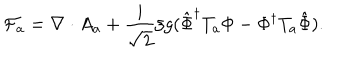
{ \cal F } _ { a } = \nabla \cdot A _ { a } + \frac { i } { \sqrt { 2 } } \xi g ( \hat { \Phi } ^ { \dagger } T _ { a } \Phi - \Phi ^ { \dagger } T _ { a } \hat { \Phi } ) .